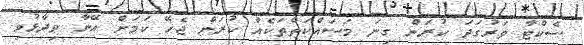
ސެކްޓާ ވަރުގަދަ ކުރަން ގިނަ މަސައްކަތްތަކެއް ކުރަން ޖެހޭ ކަމަށް އޭނާ ވިދާޅުވި